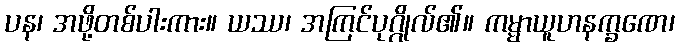
ပန၊ အဖို့တစ်ပါးကား။ ယဿ၊ အကြင်ပုဂ္ဂိုလ်၏။ ကမ္မာယူဟနက္ခဏေ၊